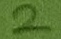
Text: 2